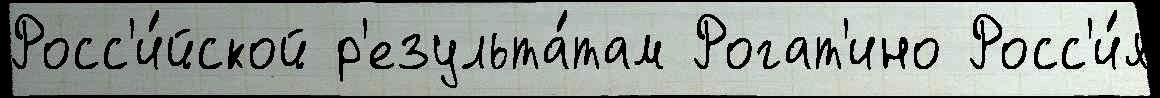
Росс'и́йской р'езульта́там Рогат'ино Росс'и́я